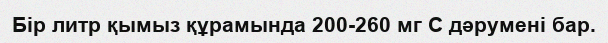
Бір литр қымыз құрамында 200-260 мг С дәрумені бар.